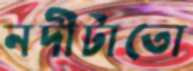
নদীটাতো